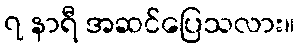
၇ နာရီ အဆင်ပြေသလား။